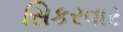
સિકરવાર